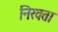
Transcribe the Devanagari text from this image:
निरवता